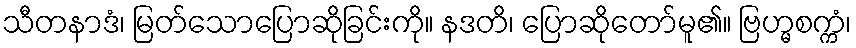
သီတနာဒံ၊ မြတ်သောပြောဆိုခြင်းကို။ နဒတိ၊ ပြောဆိုတော်မူ၏။ ဗြဟ္မစက္ကံ၊